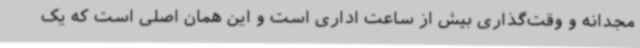
مجدانه و وقت‌گذاری بیش از ساعت اداری است و این همان اصلی است که یک